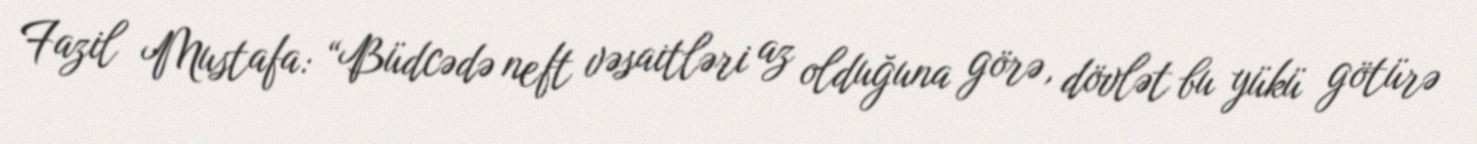
Fazil Mustafa: “Büdcədə neft vəsaitləri az olduğuna görə, dövlət bu yükü götürə